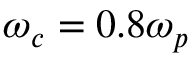
\omega _ { c } = 0 . 8 \omega _ { p }